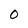
Character: O